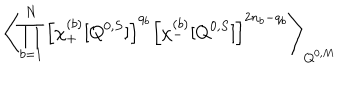
LaTeX: \left\langle \prod _ { b = 1 } ^ { N } \left[ \chi _ { + } ^ { ( b ) } [ Q ^ { 0 , S } ] \right] ^ { q _ { b } } \left[ \chi _ { - } ^ { ( b ) } [ Q ^ { 0 , S } ] \right] ^ { 2 n _ { b } - q _ { b } } \right\rangle _ { Q ^ { 0 , M } }